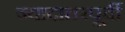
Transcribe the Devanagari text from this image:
ज्यादातरपूर्वी